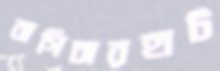
বাগিচারহাট